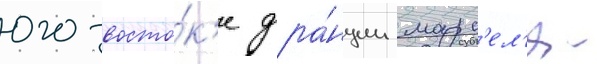
юго-восто́к'е фра́нции марс'ел'я -